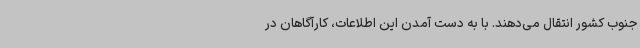
جنوب کشور انتقال می‌دهند. با به دست آمدن این اطلاعات، کارآگاهان در